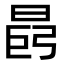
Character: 𪰩